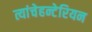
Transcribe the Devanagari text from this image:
त्यांचेहन्टेरियन